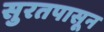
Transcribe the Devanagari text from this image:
सुरतपासून